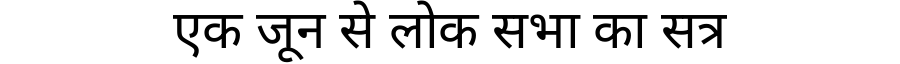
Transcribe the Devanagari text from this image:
एक जून से लोक सभा का सत्र